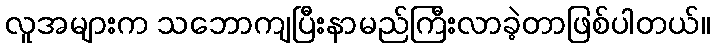
လူအများက သဘောကျပြီးနာမည်ကြီးလာခဲ့တာဖြစ်ပါတယ်။